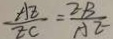
\frac { A E } { E C } = \frac { E B } { A E }